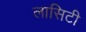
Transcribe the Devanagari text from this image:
लासिटी